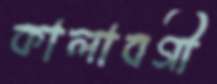
কালাবগী